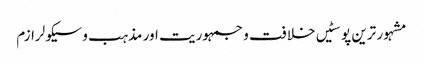
مشہور ترین پوسٹیں	خلافت و جمہوریت اور مذہب و سیکولرازم